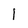
Character: 1